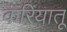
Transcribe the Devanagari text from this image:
करियातू